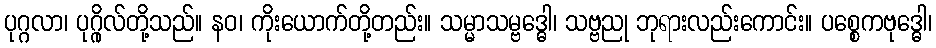
ပုဂ္ဂလာ၊ ပုဂ္ဂိုလ်တို့သည်။ နဝ၊ ကိုးယောက်တို့တည်း။ သမ္မာသမ္ဗဒ္ဓေါ၊ သဗ္ဗညု ဘုရားလည်းကောင်း။ ပစ္စေကဗုဒ္ဓေါ၊